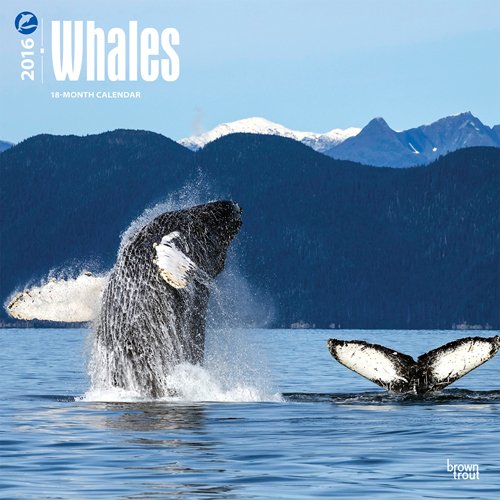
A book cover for Whales 2016 Square 12x12 (Multilingual Edition); Browntrout Publishers; Calendars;